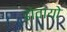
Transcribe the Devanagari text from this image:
डोवायो